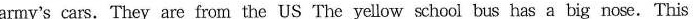
army's cars. They are from the US The yellow school bus has a big nose. This _